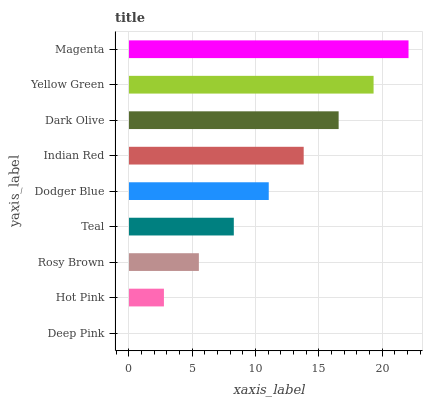
| yaxis_label | bars |
 | --- | --- |
 | Deep Pink | 0 |
 | Hot Pink | 2.76 |
 | Rosy Brown | 5.52 |
 | Teal | 8.28 |
 | Dodger Blue | 11 |
 | Indian Red | 13.8 |
 | Dark Olive | 16.6 |
 | Yellow Green | 19.3 |
 | Magenta | 22.1 |